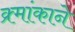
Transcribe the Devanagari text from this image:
क्र्मांकाने